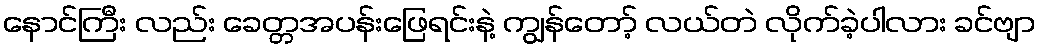
နောင်ကြီး လည်း ခေတ္တအပန်းဖြေရင်းနဲ့ ကျွန်တော့် လယ်တဲ လိုက်ခဲ့ပါလား ခင်ဗျာ